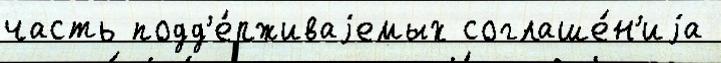
часть подд'е́рживаjемых соглаше́н'иjа